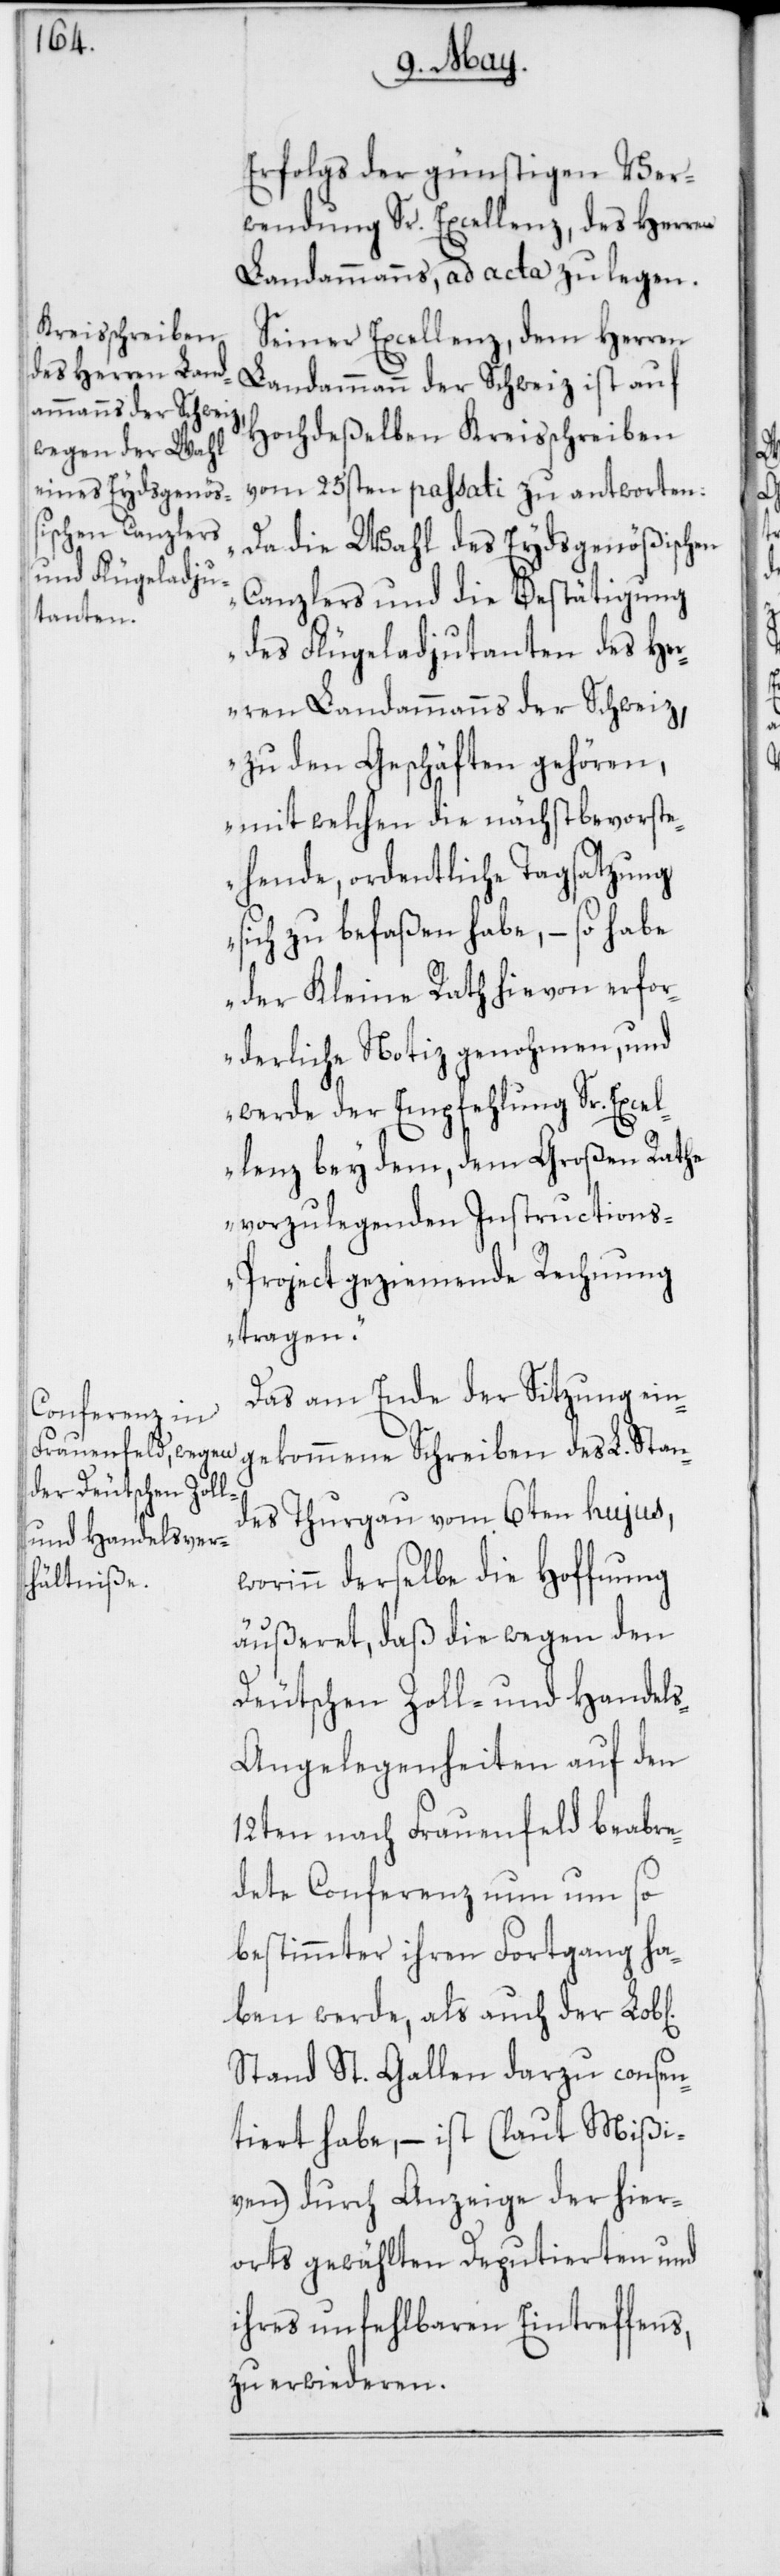
iche]

Erfolgs der günstigen Ver¬
wendung Sr. Excellenz, des Herren
Landammanns, ad acta zu legen.
Seiner Excellenz, dem Herren
Landammann der Schweiz ist auf
Hochdeßelben Kraisschreiben
vom 25sten passati zu antworten:
„Da die Wahl des Eydsgenößischen
Canzlers und die Bestätigung
des Flügeladjutanten des He¬
rren Landammanns der Schweiz,
zu den Geschäften gehören,
mit welchen die nächstbevorste¬
hende, ordentliche Tagsatzung
sich zu befaßen habe, – so habe
der Kleine Rath hievon erfor¬
derliche Notiz genohmen, und
werde der Empfehlung Sr. Excel¬
lenz bey dem, dem Großen Rathe
vorzulegenden Instruction¬
s-Project geziemende Rechnung
tragen.“
Das am Ende der Sitzung ein¬
gekommene Schreiben des L. Stan¬
des Thurgau vom 6ten hujus,
worinn derselbe die Hoffnung
äußeret, daß die wegen den
Deutschen Zoll- und Handel¬
s-Angelegenheiten auf den
12ten nach Frauenfeld beabre¬
dete Conferenz nun um so
bestimmter ihren Fortgang ha¬
ben werde, als auch der Lob[l¬
Stand St. Gallen darzu consen¬
tiert habe, – ist (laut Mißi¬
ven) durch Anzeige der hier¬
orts gewählten Deputierten und
ihres unfehlbaren Eintreffens,
zu erwiederen.